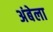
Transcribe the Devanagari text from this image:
अंबेला